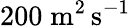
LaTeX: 200\; \mathrm{m}^{2}\, \mathrm{s}^{-1}